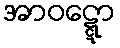
အာဝဋ္ဋော